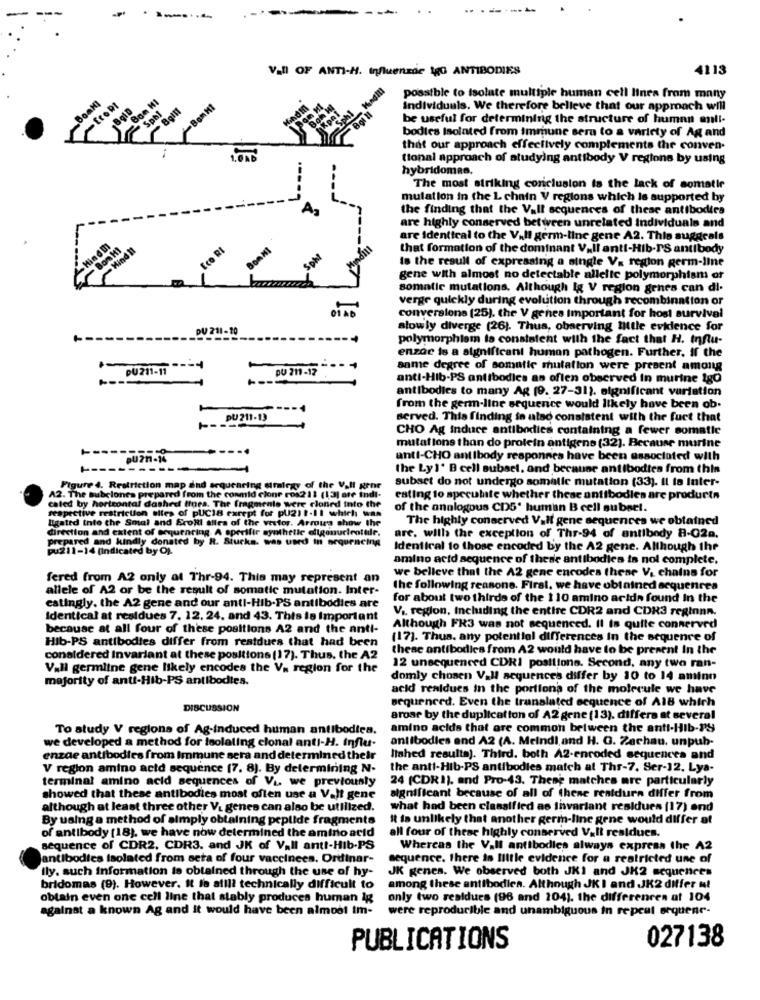
..
----
Vall OF ANTI-H. Influenzde lgG ANTIBODIES
4113
BonNI
possible to isolate multiple human cell lines from many
individuals. We therefore believe that our approach will
be useful for determining the structure of human enli.
bodies Isolated from immune sera to a variety of Ag and
that our approach effectively complements the conven-
LOND
tional approach of studying antibody V regions by using
hybridomas.
The most striking conclusion is the lack of somatir
mulation in the L chain V regions which is supported by
the finding that the Vall sequences of these antibodies
are highly conserved between unrelated individuals and
are Identical to the Vall germ-line gene A2. This suggeals
Hind !!
Eco RI
that formation of the dominant V.Il anti-Hib-IS antibody
is the result of expressing a single V. region germ-line
gene with almost no detectable allelte polymorphism of
somatic mutations. Although Ig V region genes can di-
verge quickly during evolution through recombination or
conversione (25). the V genes Important for host survival
DU 211-20
slowly diverge (26). Thus, observing Mitle evidence for
polymorphism to consistent with the fact that H. Influ-
enzac is a significant human pathogen. Further, if the
DU211-11
pu 211-12
same degree of somatie mutation were present among
anti-Hib-PS antibodies as often observed in murine igo
antibodies to many Ag (9. 27-31). significant variation
from the germ-line sequence would likely have been ob.
PU 211-13
served. This finding in also consistent with the furt that
CHO Ag induce antibodies containing a fewer somatie
mutations than do protein antigens (32). Because murine
anti-CHO antibody responses have been associated with
the Lyl' B cell subset, and because antibodies from this
subset do not undergo somalie mutation (33). Il ta Inter-
Figure 4. Restriction map and sequearing driegy of the Vall gene
42. The subclones prepared from the conmid clone ros211 (1,3] ore indi-
caled by horizontal dashed tines. The fragmenle were cloned into the
eating to speculate whether these antibodies are products
respective restriction sites of pUC18 except for pU2) :- 11 which wan
of the analogous CDS' human B cell subset.
ligated into the Smal and Sconti allra of the vester. Arrows show the
The highly conserved Vall gene sequences we obtained
direction and extent of sequencing A sportfir synthetic eligonucleotide.
prepared and kindly donated by R. Stucks. was used in sequencing
are. with the exception of Thr-94 of antibody 8-02a.
pull-14 (Indicated by O).
Identical to those encoded by the A2 gene. Although the
amino acid sequence of thede antibodies in not complete.
fered from A2 only at Thr-94. This may represent an
we belleve that the A2 gene encodes these V. chains for
allele of A2 or be the result of somatic mutation. Inter-
the following reasone. First. we have obtained sequences
for about two thirds of the 110 amino acids found In the
catingly. the A2 gene and our anti-Hib-PS antibodies are
V .. region, Including the entire CDR2 and CDR3 reginnn.
Identical at residues 7. 12. 24. and 43. This is Important
because at all four of these positions A2 and the anti-
Although FR3 was not sequenced. Il is quite connerved
Hib-PS antibodies differ from restdues that had been
(17). Thus. any potential differences In the sequence of
these antibodies from A2 would have to be present In the
conaldered Invariant at these positions (17). Thus, the A2
Vall germline gene likely encodes the V. region for the
12 unsequenced CDRI positions. Second, any two ran-
majority of anti-Hib-PS antibodies.
domly chosen Vall sequences differ by 10 to 14 amino
acid residues in the portions of the molecule we have
DISCUSSION
sequenced. Even the translated sequence of A18 which
arose by the duplication of A2 gene (13). differs at several
To study V regions of Ag-induced human antibodies.
amino acids that are common between the anti-Hib-PS
we developed a method for isolating clonal anti-H. Influ-
antibodies and A2 (A. Meindl,and H. G. Zachau, unpub-
enzae antibodies from Immune sera and determined their
lished resulta). Third. both A2-encoded sequences and
V region amino acid sequence (7. 8). By determining N-
the anti-Hib-PS antibodies match at Thr-7. Ser-12. Lya-
terminal amino acid sequences of Vi. we previously
24 (CDRI), and Pro-43. These matches are particularly
showed that these antibodies most often use a Valt gene
significant because of all of these rentdura differ from
although at least three other V_ genes can also be utilized.
what had been classified as Invariant residues (17) and
By using a method of simply obtaining peptide fragments
it is unlikely that another germ-line gene would differ at
of antibody (18). we have now determined the amino acid
all four of these highly conserved Valt residues.
sequence of CDR2. CDR3. and JK of VaIl anti-Hib-PS
Whereas the VaIl antibodies always express the A2
antibodies isolated from seta of four vaccinees. Ordinar-
sequence. there is Illtle evidence for a restricted une of
fly. such information to obtained through the use of hy-
JK genes. We observed both JKI and JK2 sequences
bridomas (9). However, it to allll technically difficult to
among these antibodies. Although JKI and JK2 differ n!
obtain even one cell line that stably produces human ig
only two realducs (96 and 104). the differences at 104
against a known Ag and it would have been almost im-
were reproducible and unambiguous in repeat sequenr-
027138
PUBLICATIONS